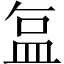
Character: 𬐚